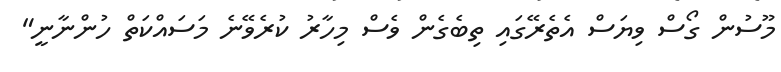
މޫސުން ގޯސް ވިޔަސް އެތެރޭގައި ތިބެގެން ވެސް މިހާރު ކުރެވޭނެ މަސައްކަތް ހުންނާނީ"